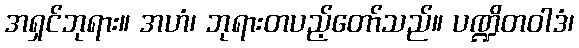
အရှင်ဘုရား။ အဟံ၊ ဘုရားတပည့်တော်သည်။ ပဏ္ဍိတဝါဒံ၊